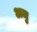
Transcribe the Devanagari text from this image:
अजु